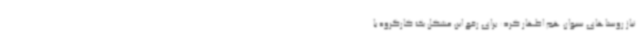
نیاز روستاهای سیوان هم اظهار کرد: برای رفع این مشکل یک کارگروه با